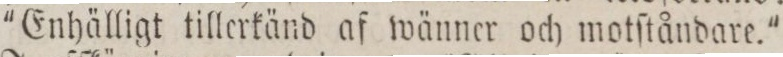
'Enhälligt tillerkänd af wänner och motſtåndare.'